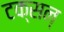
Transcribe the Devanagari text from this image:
टक्सन्